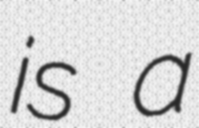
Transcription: is a